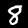
Label: 8